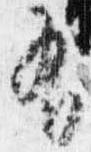
有